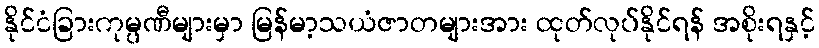
နိုင်ငံခြားကုမ္ပဏီများမှာ မြန်မာ့သယံဇာတများအား ထုတ်လုပ်နိုင်ရန် အစိုးရနှင့်